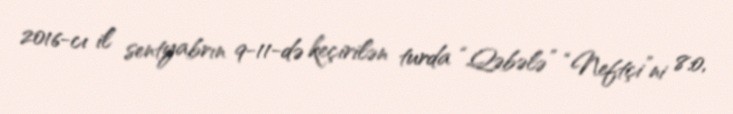
2016-cı il sentyabrın 9-11-də keçirilən turda “Qəbələ” “Neftçi”ni 8:0,